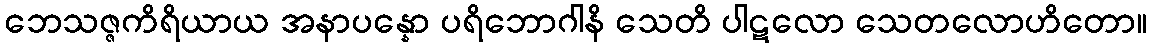
ဘေသဇ္ဇကိရိယာယ အနာပန္နော ပရိဘောဂါနိ သေတိ ပါဋလော သေတလောဟိတော။